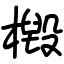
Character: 檓